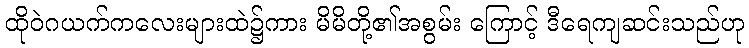
ထိုဝဲဂယက်ကလေးများထဲ၌ကား မိမိတို့၏အစွမ်း ကြောင့် ဒီရေကျဆင်းသည်ဟု